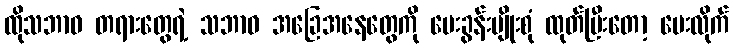
ထိုသဘာဝ တရားတွေရဲ့ သဘာဝ အခြေအနေတွေကို မေးခွန်းမျိုးစုံ ထုတ်ပြီးတော့ မေးလိုက်